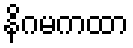
နိဂမကထာ